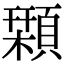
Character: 𩔛